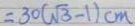
= 3 0 ( \sqrt { 3 } - 1 ) c m